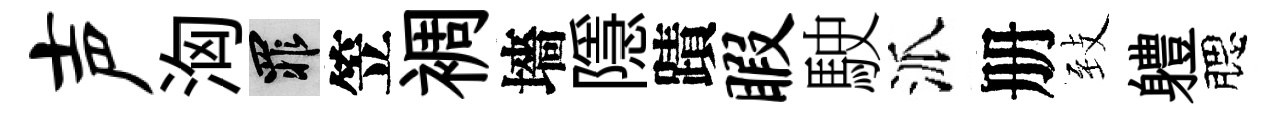
声洶罪笠裯墻隱蹟暇駛派册𦤺軆腮